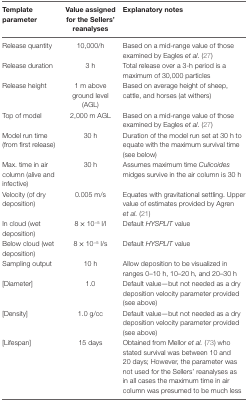
<table><thead><tr><td><b>Template parameter</b></td><td><b>Value assigned for the Sellers’ reanalyses</b></td><td><b>Explanatory notes</b></td></tr></thead><tbody><tr><td>Release quantity</td><td>10,000/h</td><td>Based on a mid-range value of those examined by Eagles <i>et al</i>. (27)</td></tr><tr><td>Release duration</td><td>3 h</td><td>Total release over a 3-h period is a maximum of 30,000 particles</td></tr><tr><td>Release height</td><td>1 m above ground level (AGL)</td><td>Based on average height of sheep, cattle, and horses (at withers)</td></tr><tr><td>Top of model</td><td>2,000 m AGL</td><td>Based on a mid-range value of those examined by Eagles <i>et al</i>. (27)</td></tr><tr><td>Model run time (from first release)</td><td>30 h</td><td>Duration of the model run set at 30 h to equate with the maximum survival time (see below)</td></tr><tr><td>Max. time in air column (alive and infective)</td><td>30 h</td><td>Assumes maximum time <i>Culicoides</i> midges survive in the air column is 30 h</td></tr><tr><td>Velocity (of dry deposition)</td><td>0.005 m/s</td><td>Equates with gravitational settling. Upper value of estimates provided by Agren <i>et al</i>. (21)</td></tr><tr><td>In cloud (wet deposition)</td><td>8 × 10<sup>−5</sup> l/l</td><td>Default <i>HYSPLIT</i> value</td></tr><tr><td>Below cloud (wet deposition)</td><td>8 × 10<sup>−5</sup> l/s</td><td>Default <i>HYSPLIT</i> value</td></tr><tr><td>Sampling output</td><td>10 h</td><td>Allow deposition to be visualized in ranges 0–10 h, 10–20 h, and 20–30 h</td></tr><tr><td>[Diameter]</td><td>1.0</td><td>Default value—but not needed as a dry deposition velocity parameter provided (see above)</td></tr><tr><td>[Density]</td><td>1.0 g/cc</td><td>Default value—but not needed as a dry deposition velocity parameter provided (see above)</td></tr><tr><td>[Lifespan]</td><td>15 days</td><td>Obtained from Mellor <i>et al</i>. (73) who stated survival was between 10 and 20 days; However, the parameter was not used for the Sellers’ reanalyses as in all cases the maximum time in air column was presumed to be much less</td></tr></tbody></table>